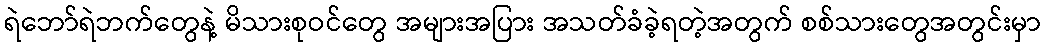
ရဲဘော်ရဲဘက်တွေနဲ့ မိသားစုဝင်တွေ အများအပြား အသတ်ခံခဲ့ရတဲ့အတွက် စစ်သားတွေအတွင်းမှာ